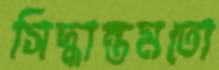
সিদ্ধান্তমতো